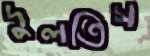
দুলতিস